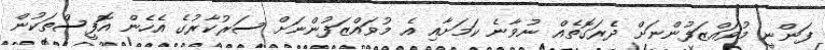
ފަންނީ މުވައްޒަފުންނަށް ދެރަގޮތެއް ނުވާނެ ކަމަށާއި އެ މުވައްޒަފުންނަށް ސަރުކާރުގެ އެހެން އޮފީސްތަކުން